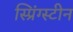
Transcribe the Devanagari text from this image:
स्प्रिंग्स्टीन